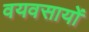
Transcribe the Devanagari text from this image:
वयवसायों